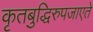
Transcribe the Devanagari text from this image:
कृतबुद्धिरुपजाएते